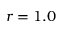
r = 1 . 0